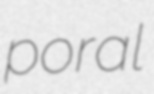
poral